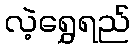
လဲ့ရွှေရည်